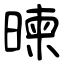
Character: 暕